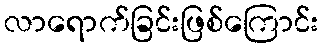
လာရောက်ခြင်းဖြစ်ကြောင်း